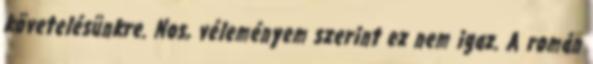
követelésünkre. Nos, véleményem szerint ez nem igaz. A román